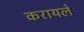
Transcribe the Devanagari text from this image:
करायले